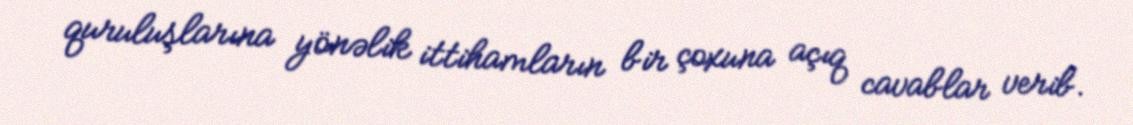
quruluşlarına yönəlik ittihamların bir çoxuna açıq cavablar verib.